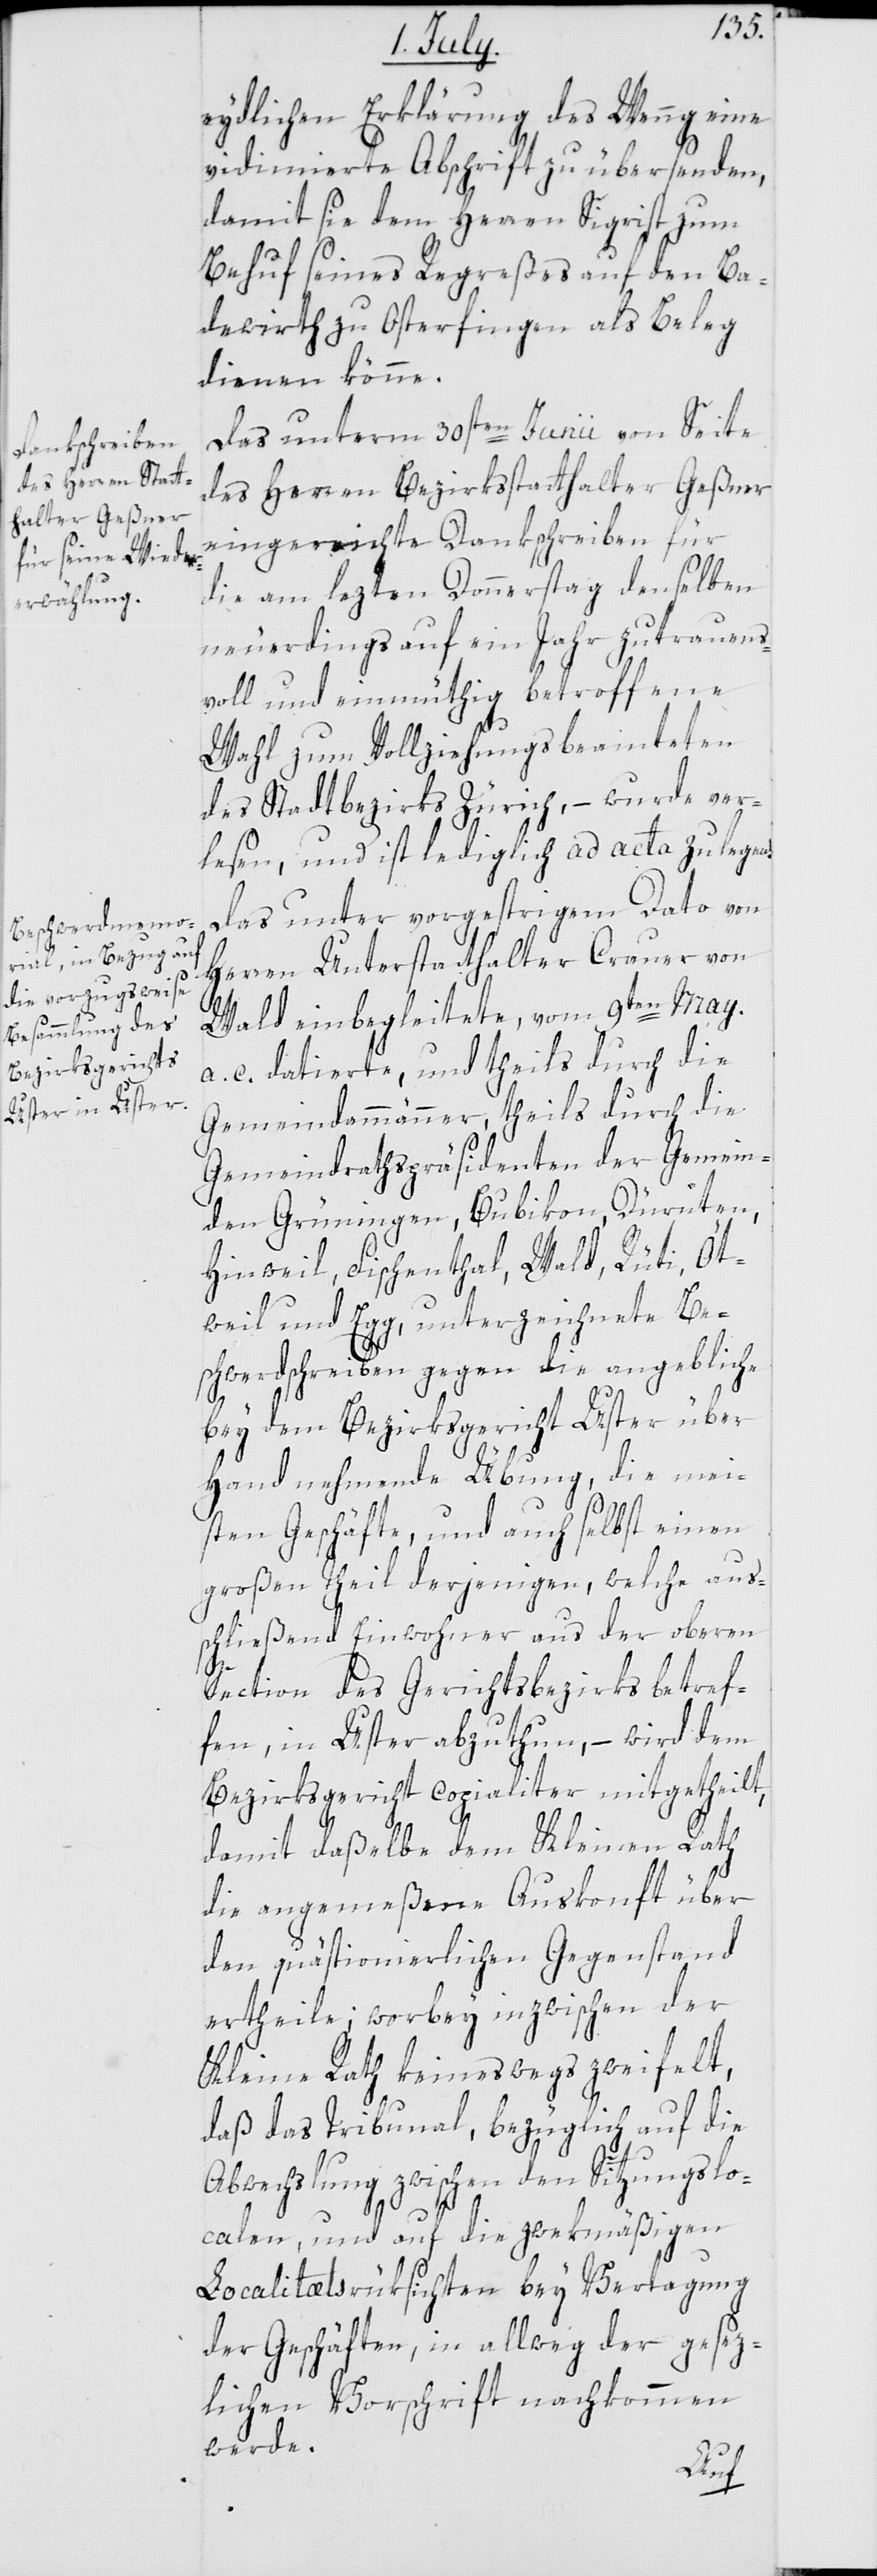
eydlichen Erklärung des Wenng eine
vidimierte Abschrift zu übersenden,
damit sie dem Herren Sigrist zum
Behuf seines Regreßes auf den Ba¬
dewirth zu Osterfingen als Beleg
dienen könne.
Das unterm 30sten Junii von Seite
des Herren Bezirksstatthalter Geßner
eingereichte Dankschreiben für
die am lezten Donnerstag denselben
neuerdings auf ein Jahr zutrauens¬
voll und einmüthig betroffene
Wahl zum Vollziehungsbeamteten
des Stadtbezirks Zürich, – wurde ver¬
lesen und ist lediglich ad acta zu legen.
Das unter vorgestrigem Dato von
Herren Unterstatthalter Crauer von
Wald eingbegleitete, vom 9ten May
a. c. datierte, und theils durch die
Gemeindammänner, theils durch die
Gemeindrathspräsidenten der Gemein¬
den Grüningen, Bubikon, Dürnten,
Hinweil, Fischenthal, Wald, Rüti, Öt¬
weil und Egg, unterzeichnete Be¬
schwerdschreiben gegen die angebliche
bey dem Bezirksgericht Uster über
Hand nehmende Übung, die mei¬
sten Geschäfte und auch selbst einen
großen Theil derjenigen, welche aus¬
schließend Einwohner aus der oberen
Section des Gerichtsbezirks betref¬
fen, in Uster abzuthun, – wird dem
Bezirksgericht copialiter mitgetheilt,
damit daßelbe dem Kleinen Rath
die angemeßene Auskonft über
den quästionierlichen Gegenstand
ertheile, worbey inzwischen der
Kleine Rath keineswegs zweifelt,
daß das Tribunal, bezüglich auf die
Abwechslung zwischen den Sitzungslo¬
calen, und auf die zwekmäßigen
Localitätsrüksichten bey Vertagung
der Geschäften, in allweg der gesez¬
lichen Vorschrift nachkommen
werde.